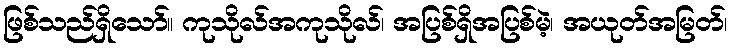
ဖြစ်သည်ရှိသော်။ ကုသိုလ်အကုသိုလ်၊ အပြစ်ရှိအပြစ်မဲ့၊ အယုတ်အမြတ်၊